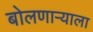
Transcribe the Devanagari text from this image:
बोलणाऱ्याला